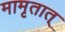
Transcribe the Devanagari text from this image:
मामृतात्‌